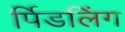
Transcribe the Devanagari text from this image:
र्पिडलिंग